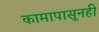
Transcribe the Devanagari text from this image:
कामापासूनही